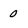
Character: 0